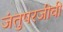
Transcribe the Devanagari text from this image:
जंतुपरजीवी